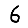
Digit: 6